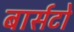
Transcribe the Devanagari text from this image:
बार्सटो